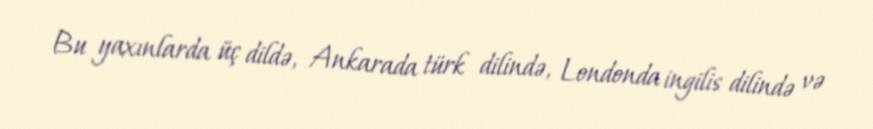
Bu yaxınlarda üç dildə, Ankarada türk dilində, Londonda ingilis dilində və